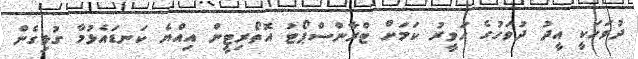
ދުވަހަކީ އީދު ދުވަހުގެ ހަވީރު ކަމަށް ޓްރާންސްޕޯޓު އޮތޯރިޓީން އިއްޔެ ކަނޑައެޅުމާ ގުޅިގެން